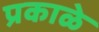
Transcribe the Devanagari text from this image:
प्रकाळे